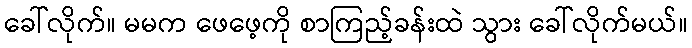
ခေါ်လိုက်။ မမက ဖေဖေ့ကို စာကြည့်ခန်းထဲ သွား ခေါ်လိုက်မယ်။